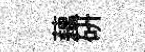
藕研